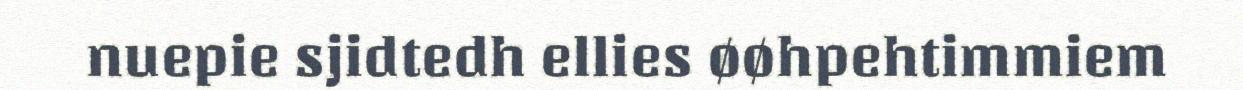
nuepie sjidtedh ellies øøhpehtimmiem